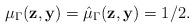
LaTeX: \begin{align*} \mu_{\Gamma} ( \mathbf{z}, \mathbf{y} ) = \hat{\mu}_{\Gamma} ( \mathbf{z}, \mathbf{y} ) = 1/2. \end{align*}